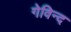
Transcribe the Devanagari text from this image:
गेविन्द